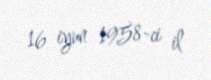
16 iyun 1958-ci il